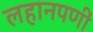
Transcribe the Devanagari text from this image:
लहानपणीं